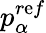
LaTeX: p_{\alpha}^{r\mathrm{e}f}